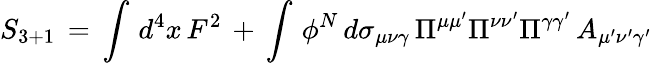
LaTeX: S_{3+1}\, =\, \int\, d^{4}x\, F^{2}\, +\, \int\, \phi^{N}\, d\sigma_{\mu\nu\gamma}\, \Pi^{\mu\mu^{\prime}}\Pi^{\nu\nu^{\prime}}\Pi^{\gamma\gamma^{\prime}}\, A_{\mu^{\prime}\nu^{\prime}\gamma^{\prime}}